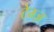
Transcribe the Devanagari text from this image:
टेम्ज़